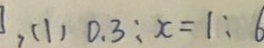
( 1 ) 0 . 3 : x = 1 : 6